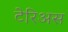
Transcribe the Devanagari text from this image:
टेरिअस